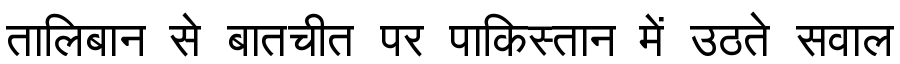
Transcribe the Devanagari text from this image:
तालिबान से बातचीत पर पाकिस्तान में उठते सवाल